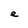
Character: e